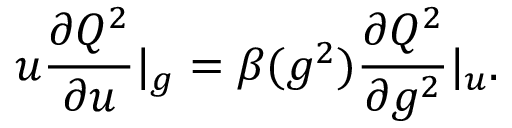
u \frac { \partial Q ^ { 2 } } { \partial u } | _ { g } = \beta ( g ^ { 2 } ) \frac { \partial Q ^ { 2 } } { \partial g ^ { 2 } } | _ { u } .